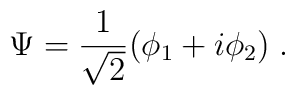
\Psi = \frac{1}{\sqrt{2}}(\phi_{1} + i\phi_{2})\;.